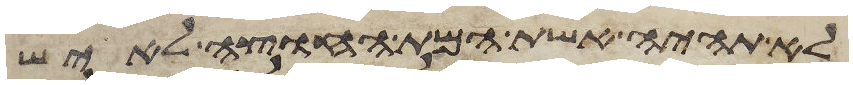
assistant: לא תהיה אשת המת החוצה לאיש